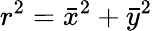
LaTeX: r^{2}=\bar{x}^{2}+\bar{y}^{2}